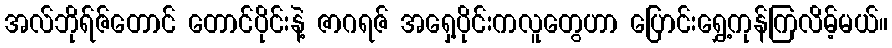
အလ်ဘိုရ်ဇ်တောင် တောင်ပိုင်းနဲ့ ဇာဂရဇ် အရှေ့ပိုင်းကလူတွေဟာ ပြောင်းရွှေ့ကုန်ကြလိမ့်မယ်။